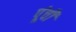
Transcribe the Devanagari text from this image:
पूंची